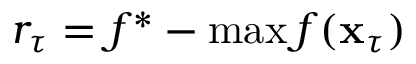
r _ { \tau } = f ^ { * } - \operatorname* { m a x } f ( \mathbf { x } _ { \tau } )